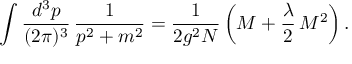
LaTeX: \int \frac { d ^ { 3 } p } { ( 2 \pi ) ^ { 3 } } \, \frac { 1 } { p ^ { 2 } + m ^ { 2 } } = \frac { 1 } { 2 g ^ { 2 } N } \left( M + \frac { \lambda } { 2 } \, M ^ { 2 } \right) .